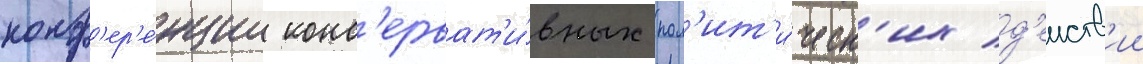
конф'ер'е́нции конс'ерват'и́вных пол'ит'и́ческ'их д'еиств'ии